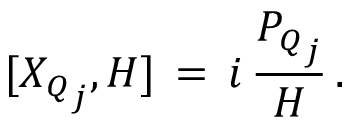
[ { X _ { Q } } _ { j } , { \cal H } ] \, = \, i \, \frac { { P _ { Q } } _ { j } } { \cal H } \, .